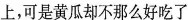
上，可是黄瓜却不那么好吃了